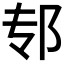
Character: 𫑘